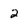
Character: 2